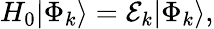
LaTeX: \begin{array}{r}{H_{0}|\Phi_{k}\rangle={\cal E}_{k}|\Phi_{k}\rangle,}\end{array}